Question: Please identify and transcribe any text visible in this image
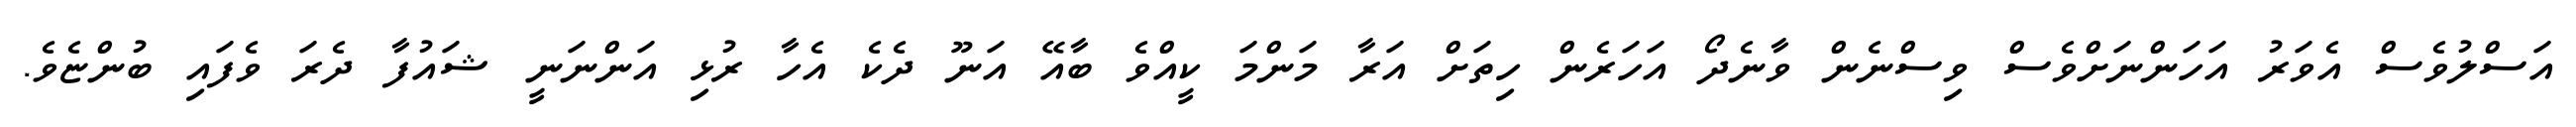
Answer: އަސްލުވެސް އެވަރު އަހަންނަށްވެސް ވިސްނެން ވާނެދޯ އަހަރެން ހިތަށް އަރާ މަންމަ ކީއްވެ ބާއޭ އަނޫ ދެކެ އެހާ ރުޅި އަންނަނީ ޝައުފާ ދެރަ ވެފައި ބުންޏެވެ.